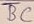
Text: BC